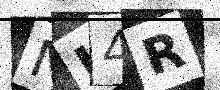
Text: NL4R